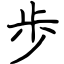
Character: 歩